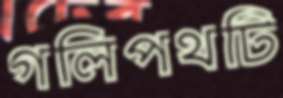
গলিপথটি